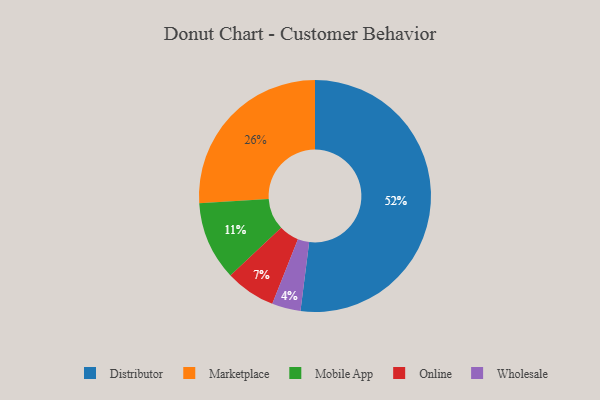
{"axis": {"x": "Category", "y": "Percentage"}, "legend": ["Distributor", "Marketplace", "Mobile App", "Online", "Wholesale"], "data": [{"x": "Distributor", "y": 52, "type": "Distributor"}, {"x": "Wholesale", "y": 4, "type": "Wholesale"}, {"x": "Online", "y": 7, "type": "Online"}, {"x": "Marketplace", "y": 26, "type": "Marketplace"}, {"x": "Mobile App", "y": 11, "type": "Mobile App"}]}